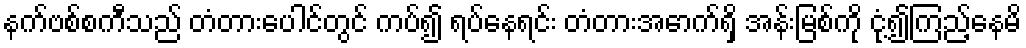
နက်ဗစ်စကီသည် တံတားပေါင်တွင် ကပ်၍ ရပ်နေရင်း တံတားအောက်ရှိ အန်းမြစ်ကို ငုံ့၍ကြည့်နေမိ